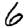
Digit: 6